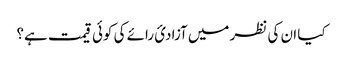
کیا ان کی نظر میں آزادیٔ رائے کی کوئی قیمت ہے؟